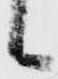
候